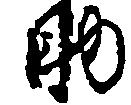
助